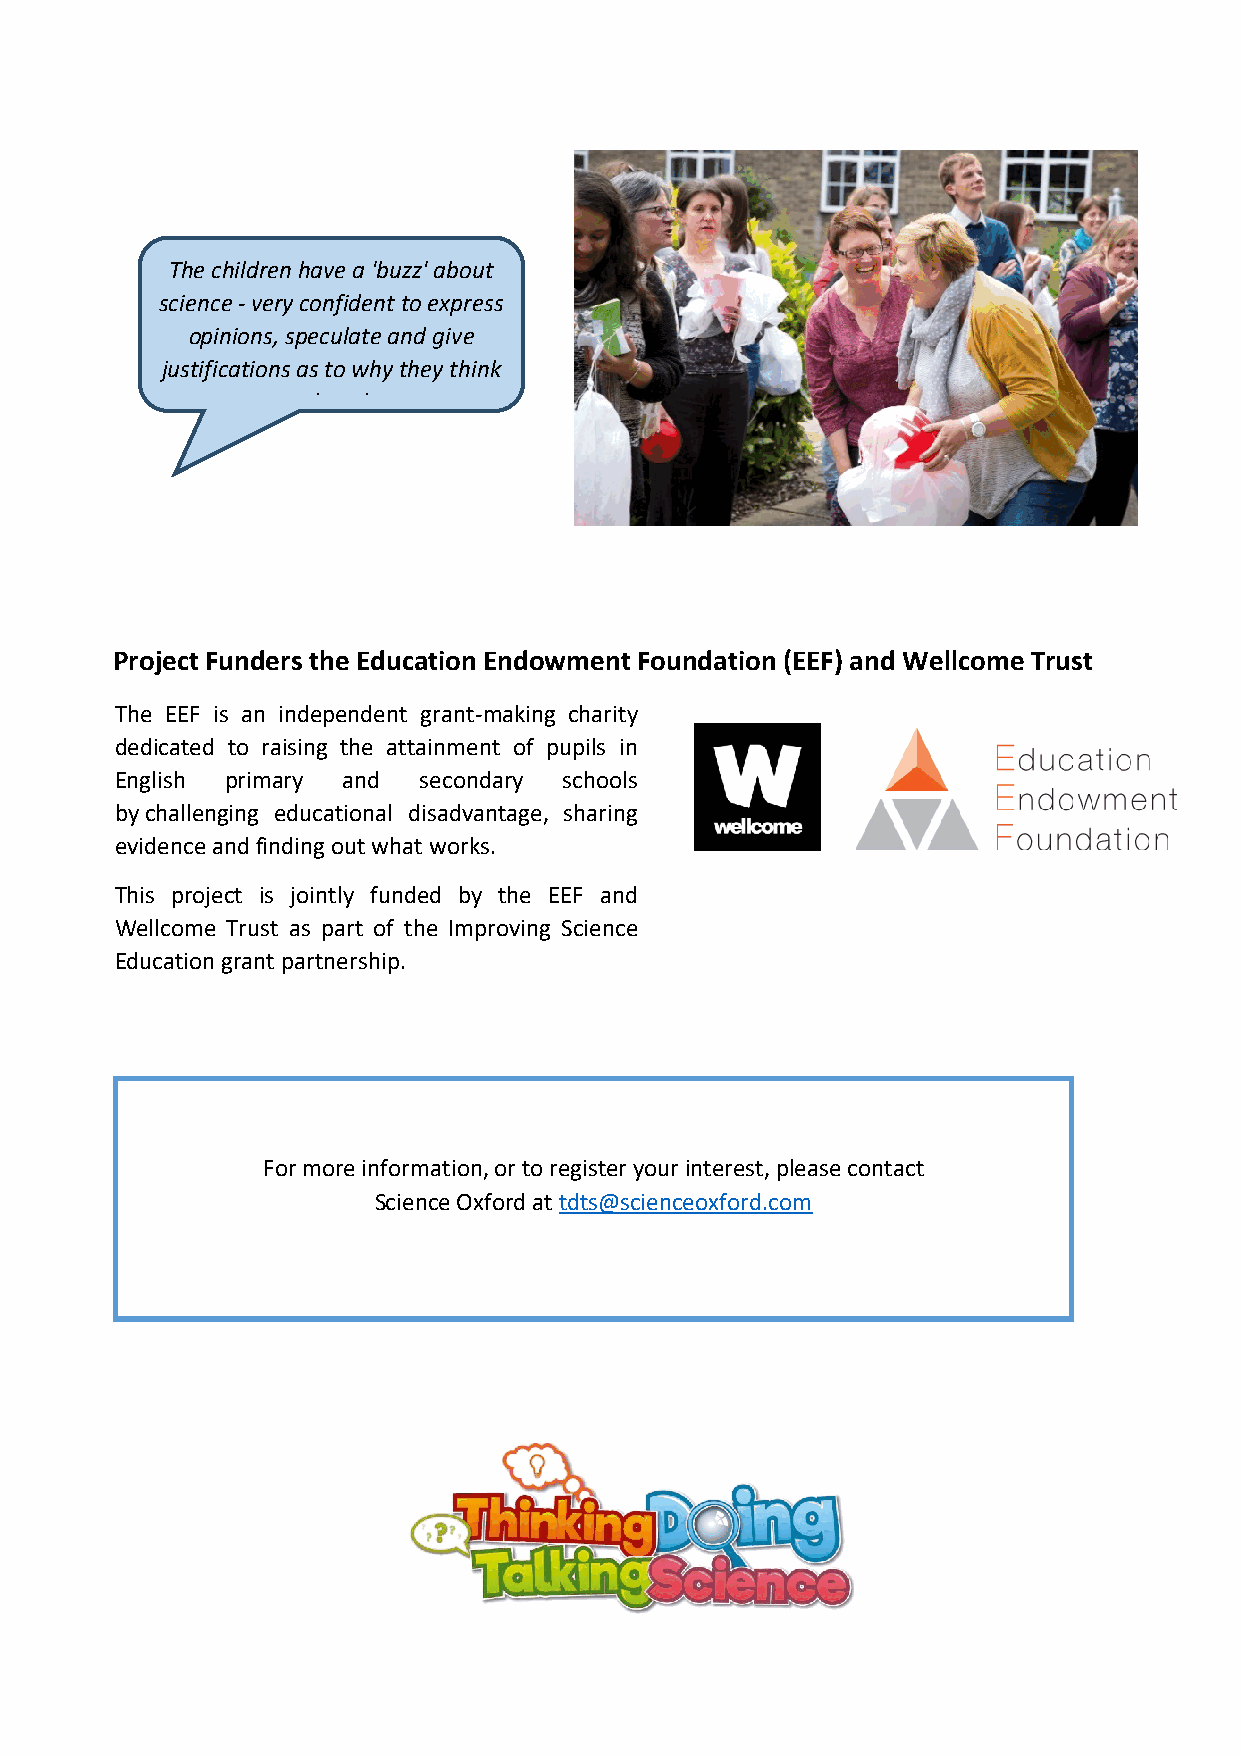
The children have a 'buzz' about
 science - very confident to express
 opinions, speculate and give
 justifications as to why they think
 h d
 Project Funders the Education Endowment Foundation (EEF) and Wellcome Trust
 The EEF is an independent grant-making charity
 dedicated to raising the attainment of pupils in
 English primary and secondary schools
 by challenging educational disadvantage, sharing
 evidence and finding out what works.
 This project is jointly funded by the EEF and
 Wellcome Trust as part of the Improving Science
 Education grant partnership.
 For more information, or to register your interest, please contact
 Science Oxford at tdts@scienceoxford.com